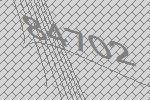
84702